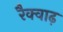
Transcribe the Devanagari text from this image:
रैक्वाढ़